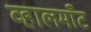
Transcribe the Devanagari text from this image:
व्हालमाँट